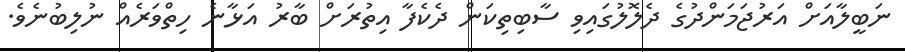
ނަބީލާއަށް އަރުޖަމަންދުގެ ދެލޮލުގައިވި ސާބިތިކަން ދެކެފާ އިތުރަށް ބާރު އަޅާނެ ހިތްވަރެއް ނުލިބުނެވެ.